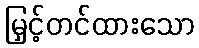
မြှင့်တင်ထားသော